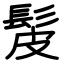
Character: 髲